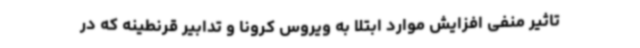
تاثیر منفی افزایش موارد ابتلا به ویروس کرونا و تدابیر قرنطینه که در